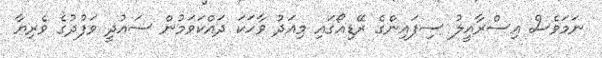
ނަމަވެސް އިސްރާއީލު ސިފައިންގެ ރޭޑިއޯގައި މިއަދު ވާހަކަ ދައްކަވަމުން ސައުދީ ވަފުދުގެ ވެރިޔާ